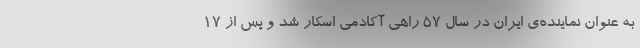
به عنوان نماینده‌ی ایران در سال ۵۷ راهی آکادمی اسکار شد و پس از ۱۷